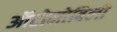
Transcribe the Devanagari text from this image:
ऑटोमोबिली